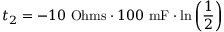
t _ { 2 } = - 1 0 \ \mathrm { O h m s } \cdot 1 0 0 \ \mathrm { m F } \cdot \ln \left( \frac { 1 } { 2 } \right)